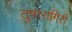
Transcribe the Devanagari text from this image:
तुषारागिरी